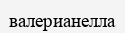
валерианелла